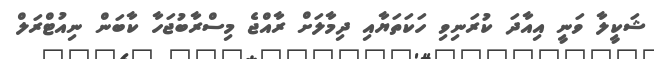
ޝަކީލާ ވަނީ އިއާދަ ކުރަނިވި ހަކަތަޔާއި ދިމާލަށް ރާއްޖެ މިސްރާބުޖަހާ ކާބަން ނިއުޓްރަލް